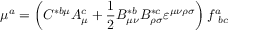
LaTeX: \mu ^ { a } = \left( C ^ { * b \mu } A _ { \mu } ^ { c } + \frac 1 2 B _ { \mu \nu } ^ { * b } B _ { \rho \sigma } ^ { * c } \varepsilon ^ { \mu \nu \rho \sigma } \right) f _ { \ b c } ^ { a }